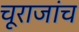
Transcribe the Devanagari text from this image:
चूराजांच